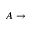
A \rightarrow